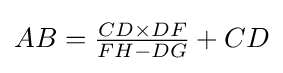
AB={\tfrac {CD\times DF}{FH-DG}}+CD